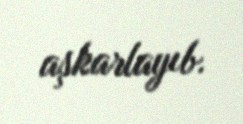
aşkarlayıb.